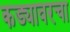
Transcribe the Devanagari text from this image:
कड्यावरचा